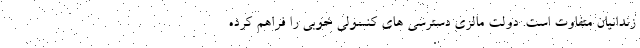
زندانیان متفاوت است. دولت مالزی دسترسی های کنسولی خوبی را فراهم کرده